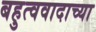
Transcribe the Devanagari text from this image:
बहुत्ववादाच्या